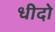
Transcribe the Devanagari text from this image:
धीदो